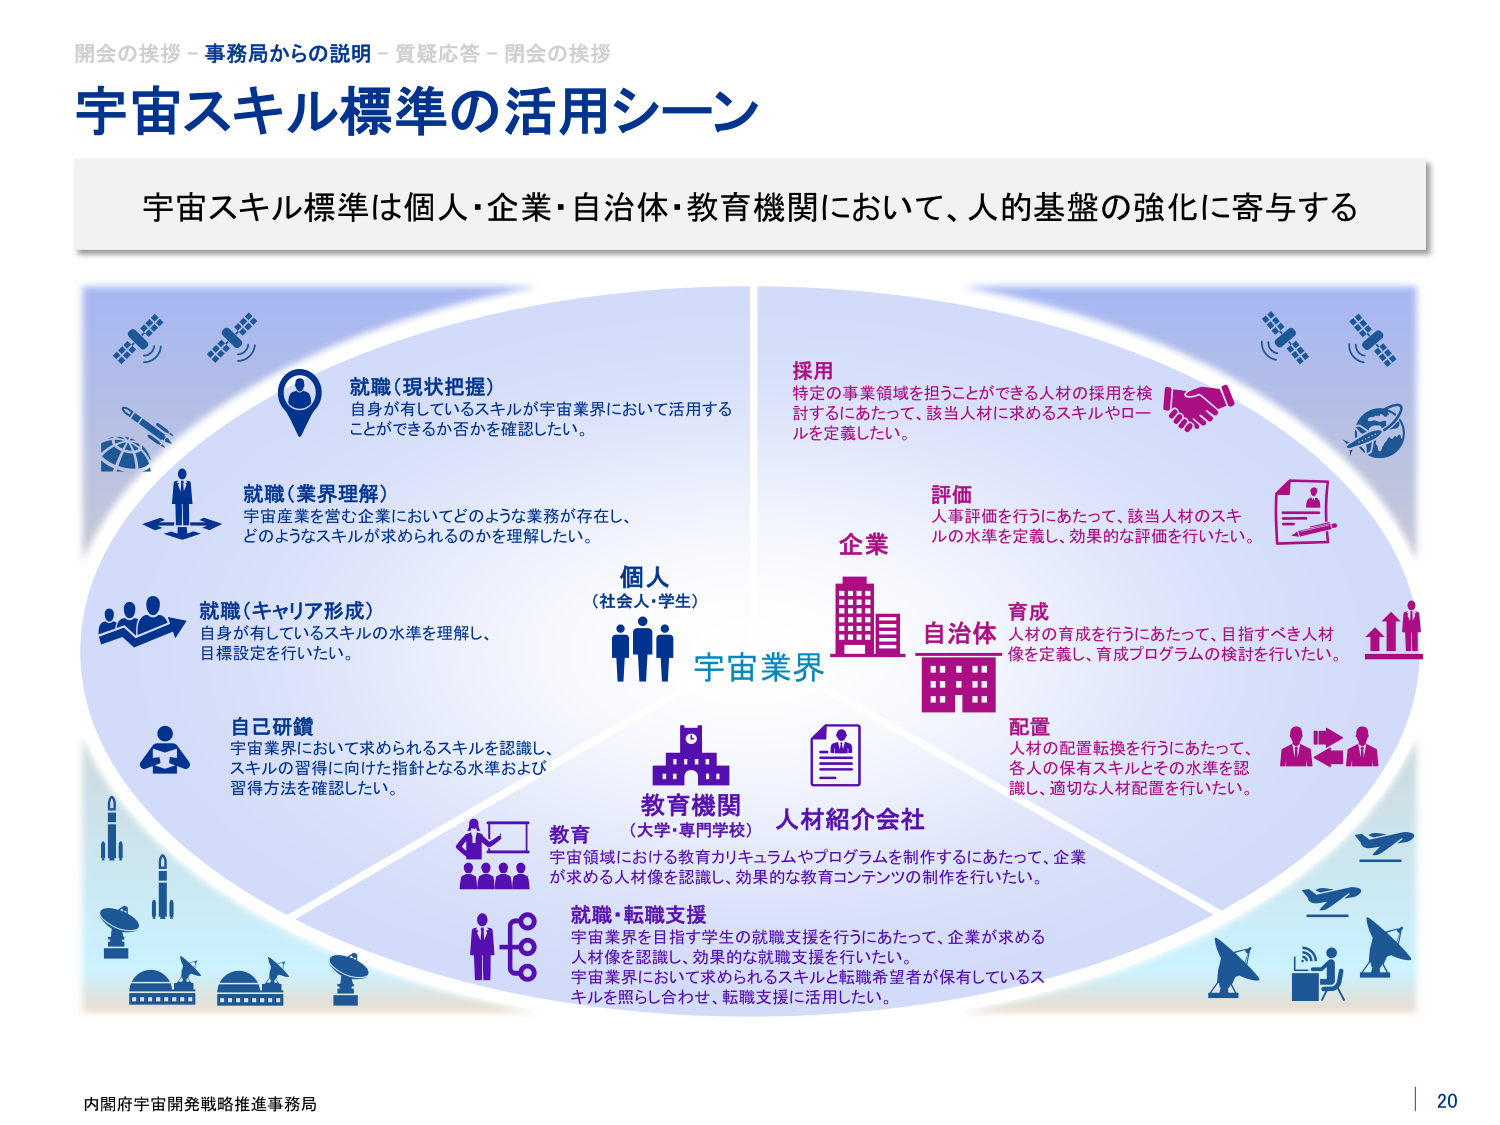
開会の挨拶－事務局からの説明－質疑応答－開会の挨拶
宇宙スキル標準の活用シーン
宇宙スキル標準は個人・企業・自治体・教育機関において、人的基盤の強化に寄与する

就職（現状把握）
自身が有しているスキルが宇宙業界において活用することができるか否かを確認したい。

就職（業界理解）
宇宙産業を営む企業においてどのような業務が存在し、どのようなスキルが求められるのかを理解したい。

就職（キャリア形成）
自身が有しているスキルの水準を理解し、目標設定を行いたい。

自己研鑽
宇宙業界において求められるスキルを認識し、スキルの習得に向けた指針となる水準および習得方法を確認したい。

個人
（社会人・学生）

宇宙業界

企業
採用
特定の事業領域を担うことができる人材の採用を検討するにあたって、該当人材に求めるスキルやロールを定義したい。

評価
人事評価を行うにあたって、該当人材のスキルの水準を定義し、効果的な評価を行いたい。

自治体
育成
人材の育成を行うにあたって、目指すべき人材像を定義し、育成プログラムの検討を行いたい。

配置
人材の配置転換を行うにあたって、各人の保有スキルとその水準を認識し、適切な人材配置を行いたい。

教育機関
（大学・専門学校）
教育
宇宙領域における教育カリキュラムやプログラムを制作するにあたって、企業が求める人材像を認識し、効果的な教育コンテンツの制作を行いたい。

人材紹介会社

就職・転職支援
宇宙業界を目指す学生の就職支援を行うにあたって、企業が求める人材像を認識し、効果的な就職支援を行いたい。
宇宙業界において求められるスキルと転職希望者が保有しているスキルを照らし合わせ、転職支援に活用したい。

内閣府宇宙開発戦略推進事務局
20